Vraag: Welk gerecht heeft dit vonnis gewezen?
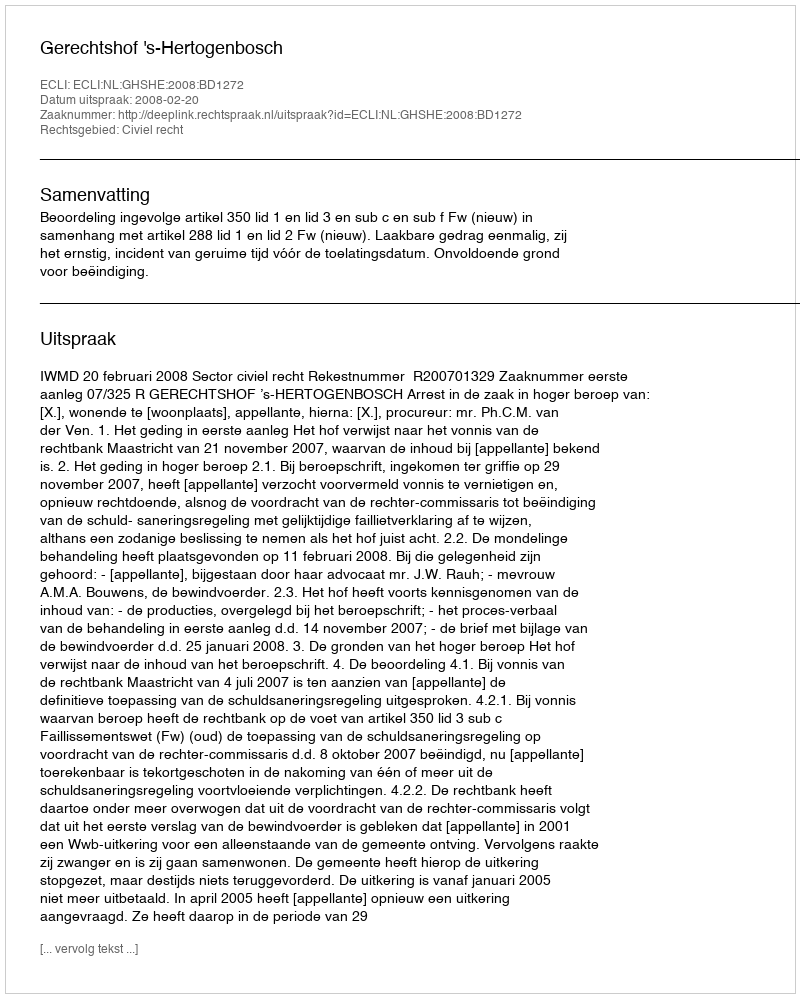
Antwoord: Gerechtshof 's-Hertogenbosch